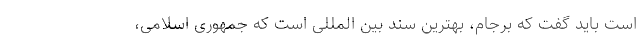
است باید گفت که برجام، بهترین سند بین المللی است که جمهوری اسلامی،